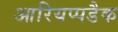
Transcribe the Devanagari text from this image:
आरियप्पडैक